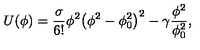
U ( \phi ) = \frac { \sigma } { 6 ! } \phi ^ { 2 } { \left( \phi ^ { 2 } - \phi _ { 0 } ^ { 2 } \right) } ^ { 2 } - \gamma \frac { \phi ^ { 2 } } { \phi _ { 0 } ^ { 2 } } ,